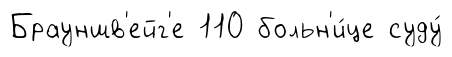
Брауншв'ейг'е 110 больн'и́це суду́